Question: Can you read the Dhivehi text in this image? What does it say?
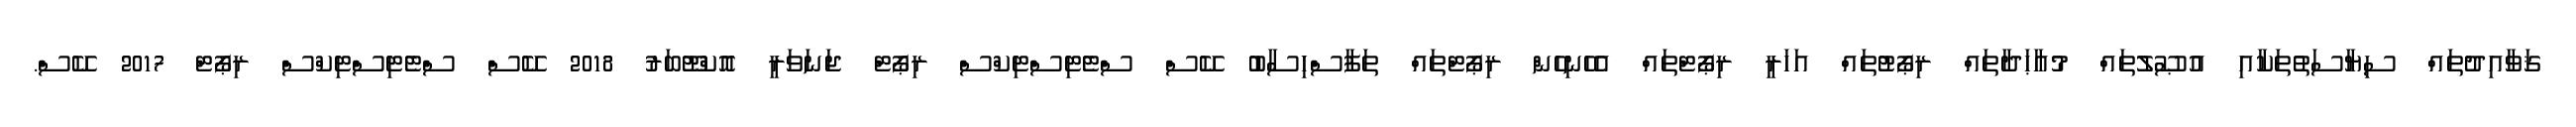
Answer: ޤަވާއިދުތައް ސިޔާސަތުތަކާއި އުޞޫލުތައް މުއާޙަދާތައް ރިޕޯޓުތައް އަހަރީ ރިޕޯޓްތައް އެހެނިހެން ރިޕޯޓްތައް ތަފާސްހިސާބު ކޭސް ސްޓެޓިސްޓިކްސް ރިޕޯޓް ޖަނަވަރީ އޮކްޓޫބަރު 2018 ކޭސް ސްޓެޓިސްޓިކްސް ރިޕޯޓް 2017 ކޭސް.